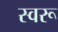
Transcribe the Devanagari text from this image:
स्वरू